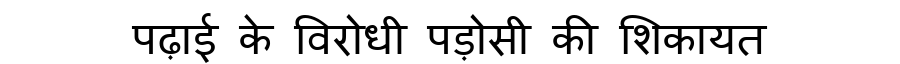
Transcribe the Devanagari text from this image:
पढ़ाई के विरोधी पड़ोसी की शिकायत